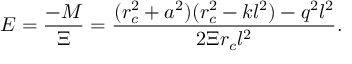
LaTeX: E = \frac { - M } { \Xi } = \frac { ( r _ { c } ^ { 2 } + a ^ { 2 } ) ( r _ { c } ^ { 2 } - k l ^ { 2 } ) - q ^ { 2 } l ^ { 2 } } { 2 \Xi r _ { c } l ^ { 2 } } .